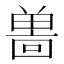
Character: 𪞌